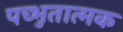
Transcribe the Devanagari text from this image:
पच्भुतात्मक